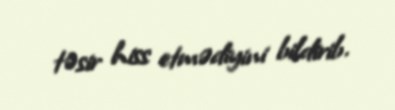
təsir hiss etmədiyini bildirib.